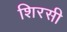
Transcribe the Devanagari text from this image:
शिरसी